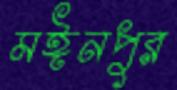
মঈনপুর